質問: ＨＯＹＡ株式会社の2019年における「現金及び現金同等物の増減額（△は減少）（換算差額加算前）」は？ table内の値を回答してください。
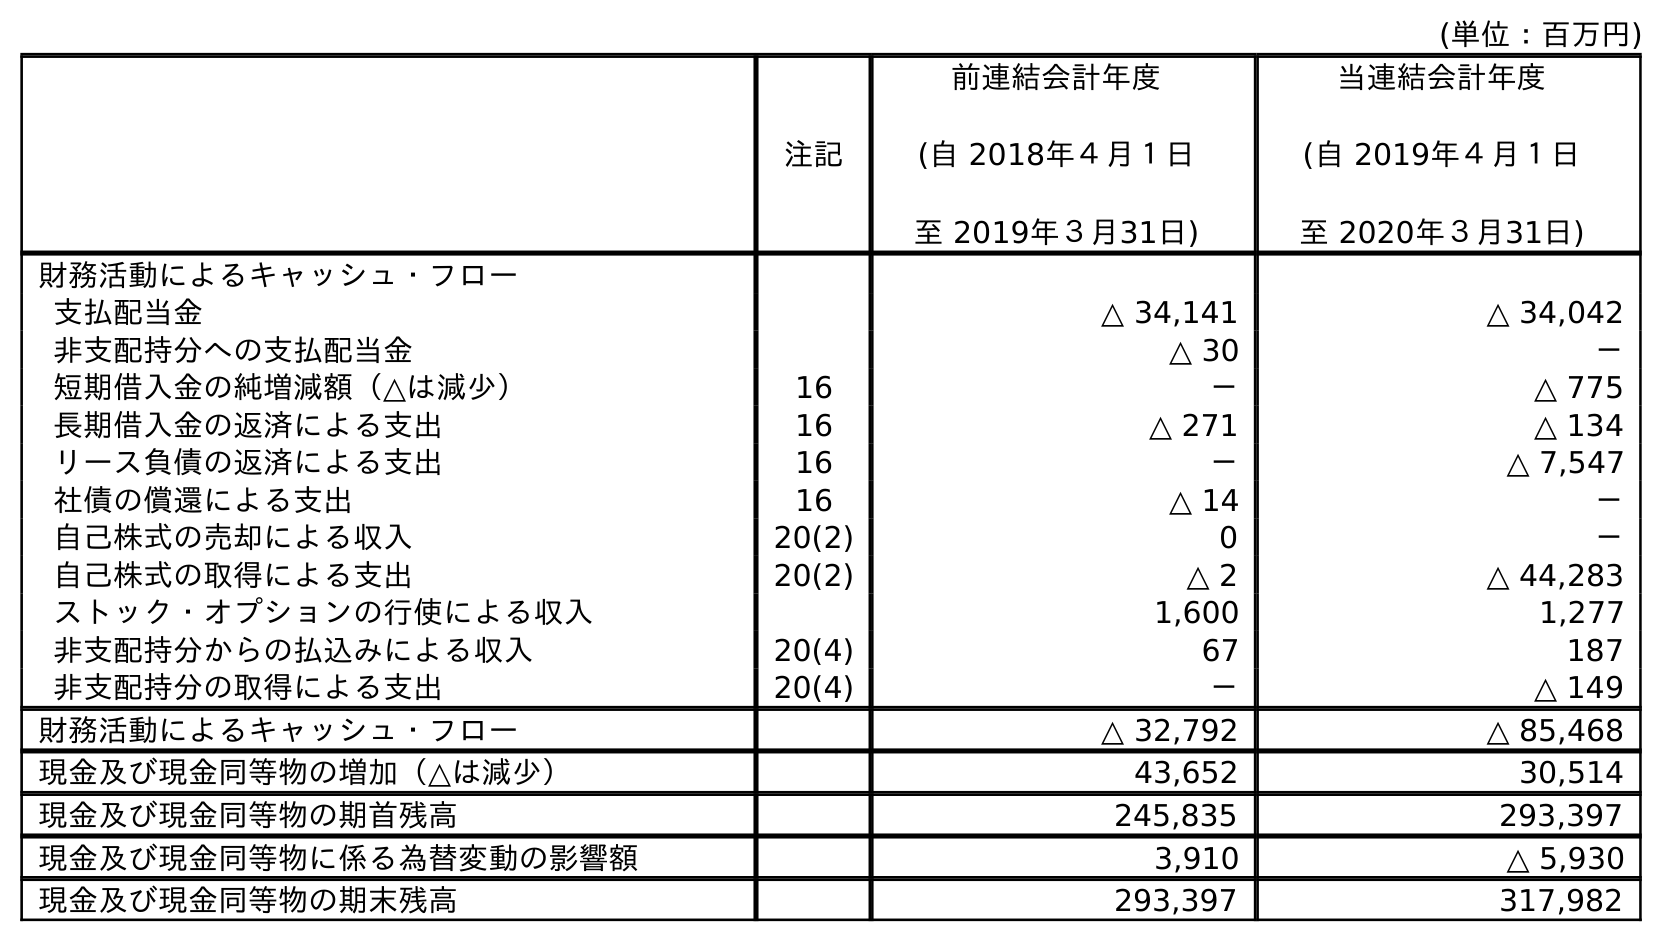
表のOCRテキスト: (単位：百万円) 注記 前連結会計年度 (自 2018年４月１日 至 2019年３月31日) 当連結会計年度 (自 2019年４月１日 至 2020年３月31日) 財務活動によるキャッシュ・フロー 支払配当金 △ 34,141 △ 34,042 非支配持分への支払配当金 △ 30 － 短期借入金の純増減額（△は減少） 16 － △ 775 長期借入金の返済による支出 16 △ 271 △ 134 リース負債の返済による支出 16 － △ 7,547 社債の償還による支出 16 △ 14 － 自己株式の売却による収入 20(2) 0 － 自己株式の取得による支出 20(2) △ 2 △ 44,283 ストック・オプションの行使による収入 1,600 1,277 非支配持分からの払込みによる収入 20(4) 67 187 非支配持分の取得による支出 20(4) － △ 149 財務活動によるキャッシュ・フロー △ 32,792 △ 85,468 現金及び現金同等物の増加（△は減少） 43,652 30,514 現金及び現金同等物の期首残高 245,835 293,397 現金及び現金同等物に係る為替変動の影響額 3,910 △ 5,930 現金及び現金同等物の期末残高 293,397 317,982
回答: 43,652